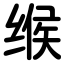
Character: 缑